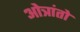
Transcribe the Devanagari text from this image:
ओत्रांतो